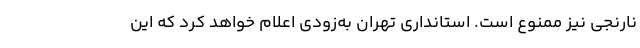
نارنجی نیز ممنوع است. استانداری تهران به‌زودی اعلام خواهد کرد که این